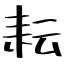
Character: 耘